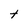
Character: t